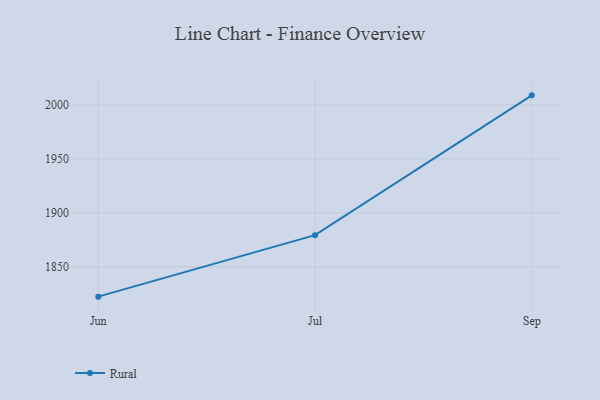
{"axis": {"x": "Month", "y": "Revenue (USD Million)"}, "legend": ["Rural"], "data": [{"x": "Jun", "y": 1822.4, "type": "Rural"}, {"x": "Jul", "y": 1879.3, "type": "Rural"}, {"x": "Sep", "y": 2008.8, "type": "Rural"}]}